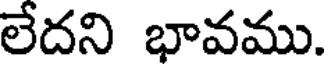
లేదని భావము.